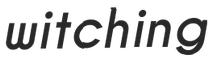
witching